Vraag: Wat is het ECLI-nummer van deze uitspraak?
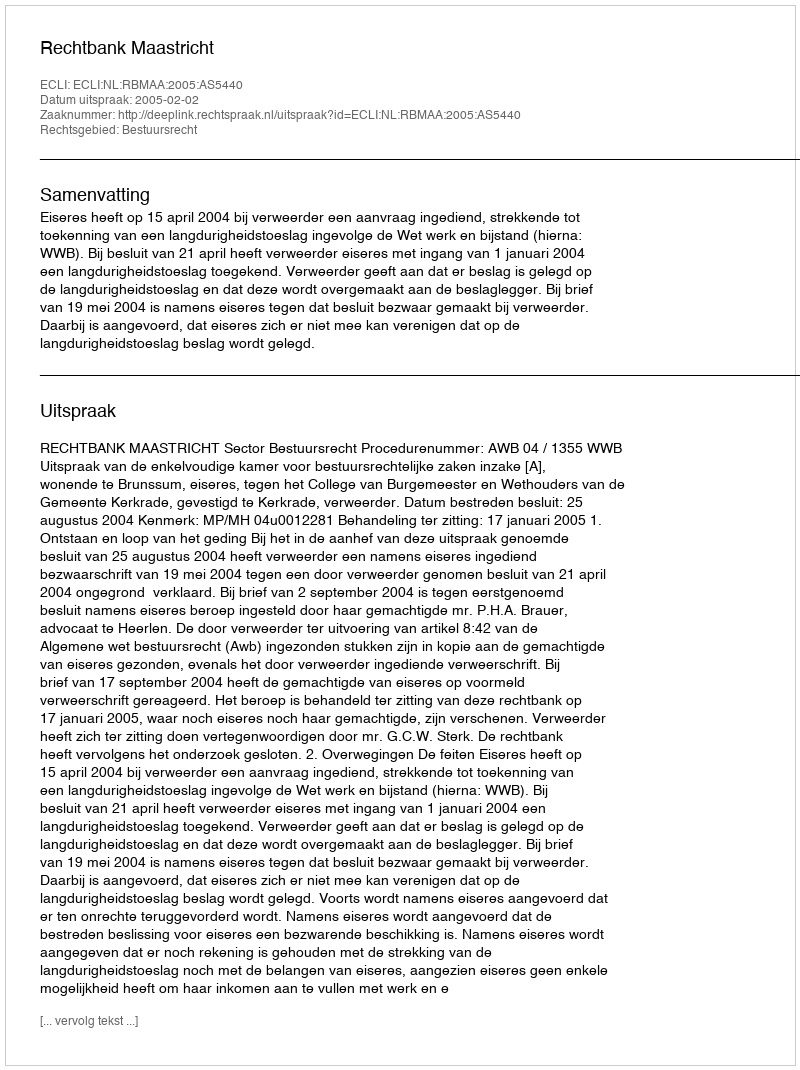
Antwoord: ECLI:NL:RBMAA:2005:AS5440